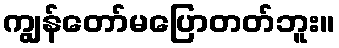
ကျွန်တော်မပြောတတ်ဘူး။